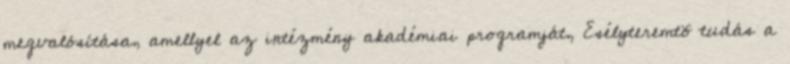
megvalósítása, amellyel az intézmény akadémiai programját, Esélyteremtõ tudás a